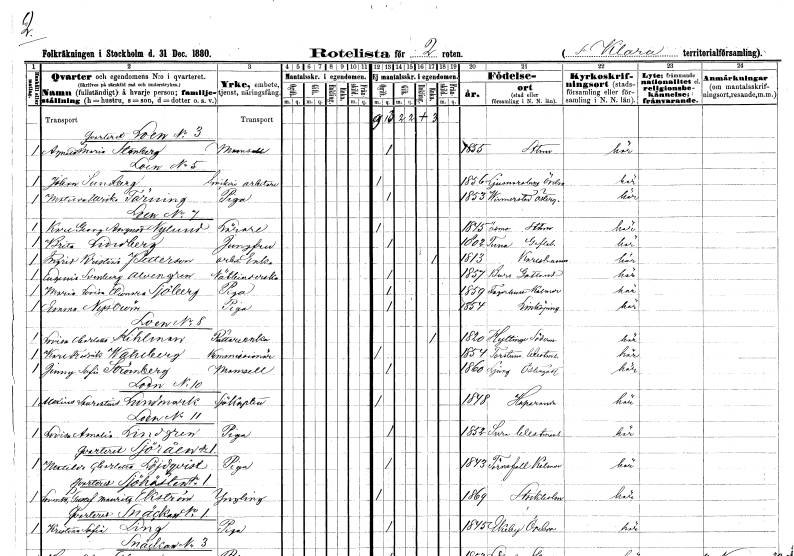
gt_parse: households: individuals: FN: Agneta Maria
EN: Stenberg
KON: K
CIV: O
FODAR: 1855
FODFORS: Stockholm
FN: Johan
EN: Sundberg
YRKE: Snickeriarbetare
KON: M
CIV: O
FODAR: 1856
FODFORS: Ljusnarsberg Örebro län
FN: Matilda Ulrika
EN: Tärning
YRKE: Piga
KON: K
CIV: O
FODAR: 1853
FODFORS: Vinnerstad Östergötlands län
FN: Karl Georg August
EN: Nylund
YRKE: Lärare
KON: M
CIV: O
FODAR: 1845
FODFORS: Ösmo Stockholms län
FN: Brita
EN: Lindberg
YRKE: Jungfru
KON: K
CIV: O
FODAR: 1802
FODFORS: Hälsingtuna Gävleborgs län
FN: Ingrid Kristina
EN: Pettersson
YRKE: Arbetareänka
KON: K
CIV: E
FODAR: 1813
FODFORS: Karlshamn Blekinge län
FN: Eugenia Svenborg
EN: Alvengren
YRKE: Nätbinderska
KON: K
CIV: O
FODAR: 1857
FODFORS: Burs Gotlands län
FN: Maria Lovisa Eleonora
EN: Sjöberg
YRKE: Piga
KON: K
CIV: O
FODAR: 1859
FODFORS: Fagerhult Kalmar län
FN: Emma
EN: Nyström
YRKE: Piga
KON: K
CIV: O
FODAR: 1854
FODFORS: Linköping Östergötlands län
FN: Lovisa Charlotta
EN: Kihlman
YRKE: Rättareänka
KON: K
CIV: E
FODAR: 1820
FODFORS: Hyltinge Södermanlands län
FN: Karl Fredrik
EN: Wahlberg
YRKE: Kommissionär
KON: M
CIV: O
FODAR: 1854
FODFORS: Tortuna Västmanlands län
FN: Jenny Sofia
EN: Strömberg
KON: K
CIV: O
FODAR: 1860
FODFORS: Ljung Östergötlands län
FN: Alexius Laurentius
EN: Lundmark
YRKE: Sjökapten
KON: M
CIV: O
FODAR: 1848
FODFORS: Haparanda Norrbottens län
FN: Lovisa Amalia
EN: Lindgren
YRKE: Piga
KON: K
CIV: O
FODAR: 1852
FODFORS: Sura Västmanlands län
FN: Matilda Charlotta
EN: Löjdqvist
YRKE: Piga
KON: K
CIV: O
FODAR: 1843
FODFORS: Törnesfalla Kalmar län
FN: Lorentz Gustaf Maurotz
EN: Ekström
KON: M
CIV: O
FODAR: 1869
FODFORS: Stockholm
FN: Kristina Sofia
EN: Ling
YRKE: Piga
KON: K
CIV: O
FODAR: 1845
FODFORS: Ekeby Örebro län